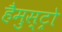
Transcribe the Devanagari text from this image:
हैमुस्ट्रो